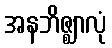
အနဘိဇ္ဈာလုံ